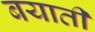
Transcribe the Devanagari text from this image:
बयाती